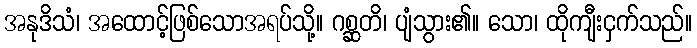
အနုဒိသံ၊ အထောင့်ဖြစ်သောအရပ်သို့။ ဂစ္ဆတိ၊ ပျံသွား၏။ သော၊ ထိုကျီးငှက်သည်။